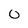
Character: 0